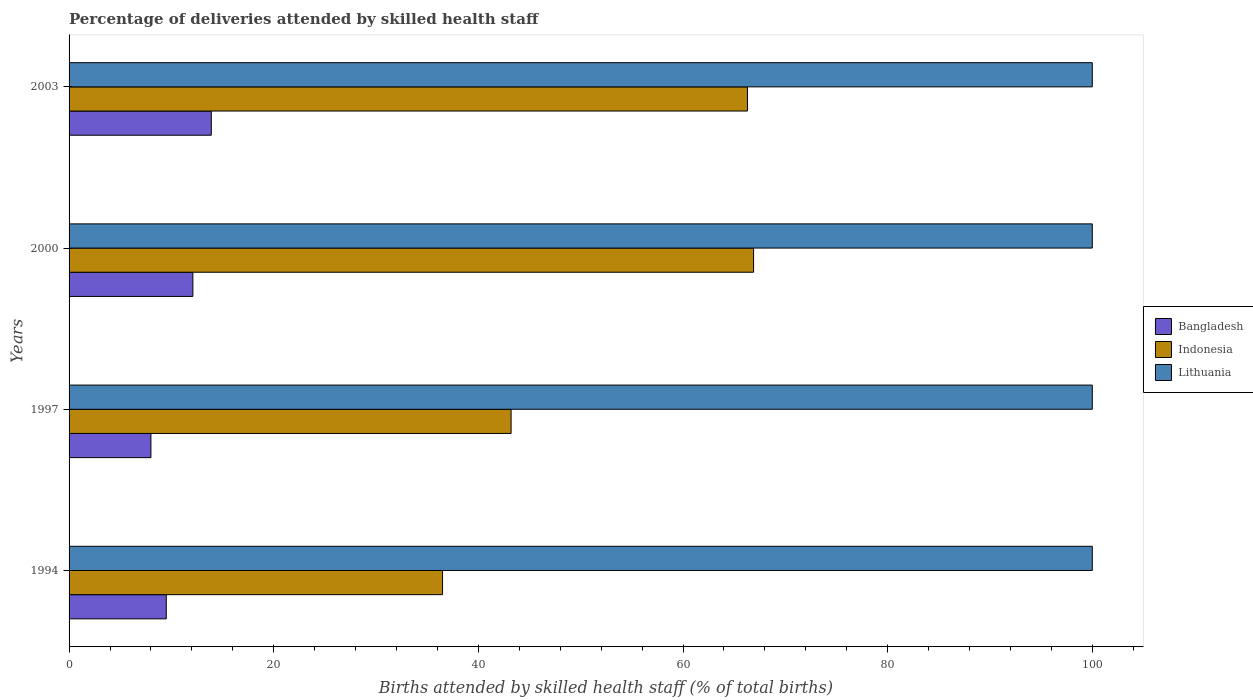
| Years | Bangladesh | Indonesia | Lithuania |
 | --- | --- | --- | --- |
 | 1994 | 9.5 | 36.5 | 100 |
 | 1997 | 8 | 43.2 | 100 |
 | 2000 | 12.1 | 66.9 | 100 |
 | 2003 | 13.9 | 66.3 | 100 |